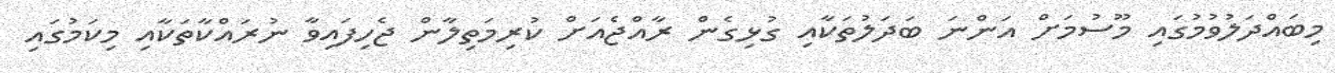
މިބައްދަލުވުމުގައި މޫސުމަށް އަންނަ ބަދަލުތަކާއި ގުޅިގެން ރާއްޖެއަށް ކުރިމަތިލާން ޖެހިފައިވާ ނުރައްކާތަކާއި މިކަމުގައި